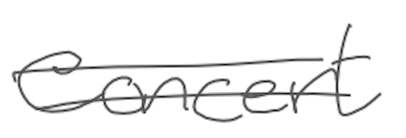
Text: concert
Cross-out: double-line
Writing tool: digital_gray